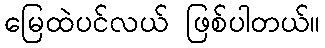
မြေထဲပင်လယ် ဖြစ်ပါတယ်။